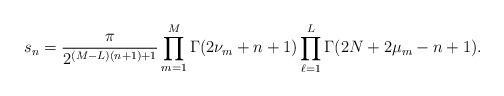
LaTeX: \begin{align*}s_{n}=\frac{\pi}{2^{(M-L)(n+1)+1}}\prod_{m=1}^M\Gamma(2\nu_m+n+1)\prod_{\ell=1}^L\Gamma(2N+2\mu_m-n+1).\end{align*}